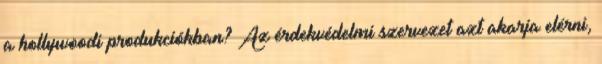
a hollywoodi produkciókban? Az érdekvédelmi szervezet azt akarja elérni,